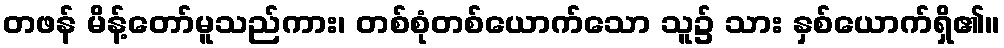
တဖန် မိန့်တော်မူသည်ကား၊ တစ်စုံတစ်ယောက်သော သူ၌ သား နှစ်ယောက်ရှိ၏။